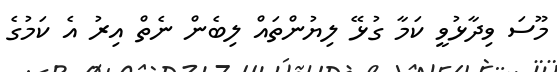
މޫސަ ވިދާޅުވީ ކަމާ ގުޅޭ ލިޔުންތައް ލިބެން ނެތް އިރު އެ ކަމުގެ